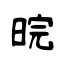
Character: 晥